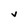
Character: v